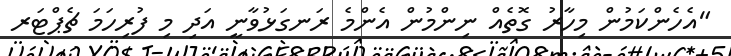
"އެހެންކަމުން މިހާރު ގޮތެއް ނިންމުން އެންމެ ރަނގަޅުވާނީ އަދި މި ފުރިިހަމަ ޗެޕްޓަރ